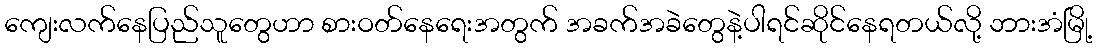
ကျေးလက်နေပြည်သူတွေဟာ စားဝတ်နေရေးအတွက် အခက်အခဲတွေနဲ့ပါရင်ဆိုင်နေရတယ်လို့ ဘားအံမြို့